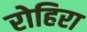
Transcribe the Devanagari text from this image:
रोहिरा